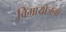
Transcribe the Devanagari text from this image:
विमायोजना